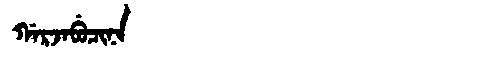
Manchu: ᡤᠠᡵᠵᠠᠪᡠᠴᡳᠨᠠ
Romanization: GARJABUCINA